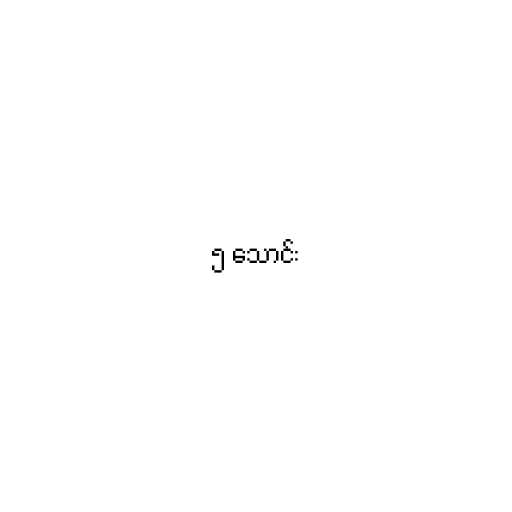
၅ သောင်း